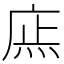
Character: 𢉍